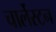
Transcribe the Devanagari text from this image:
चार्लेस्टन